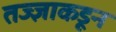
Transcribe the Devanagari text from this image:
तज्‍ज्ञाकडून